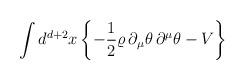
LaTeX: \begin{align*}\int d^{d+2}x\left\{-\frac{1}{2}\varrho\,\partial_\mu\theta\,\partial^\mu\theta-V\right\}\end{align*}